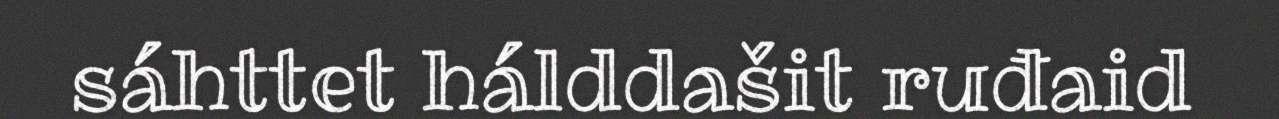
sáhttet hálddašit ruđaid